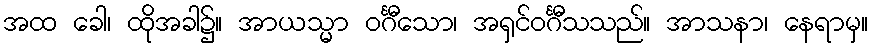
အထ ခေါ၊ ထိုအခါ၌။ အာယသ္မာ ဝင်္ဂီသော၊ အရှင်ဝင်္ဂီသသည်။ အာသနာ၊ နေရာမှ။